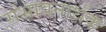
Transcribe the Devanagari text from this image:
संभावनार्थक